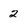
Character: 2